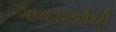
ગામડાઓથી